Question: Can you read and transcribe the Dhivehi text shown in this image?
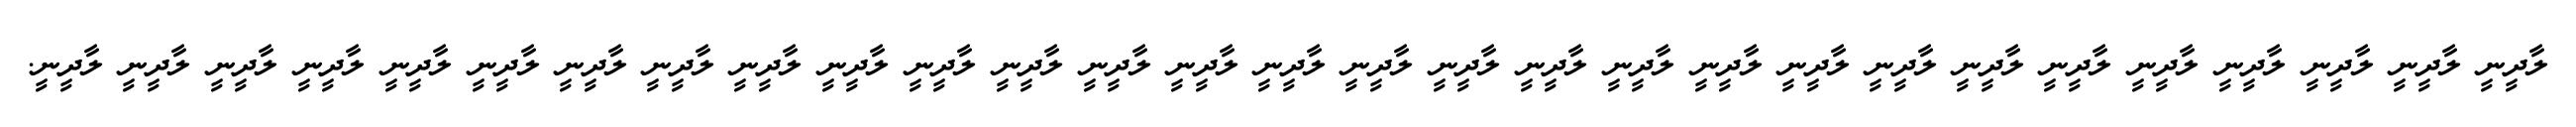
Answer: ލާދީނީ ލާދީނީ ލާދީނީ ލާދީނީ ލާދީނީ ލާދީނީ ލާދީނީ ލާދީނީ ލާދީނީ ލާދީނީ ލާދީނީ ލާދީނީ ލާދީނީ ލާދީނީ ލާދީނީ ލާދީނީ ލާދީނީ ލާދީނީ ލާދީނީ ލާދީނީ ލާދީނީ ލާދީނީ ލާދީނީ ލާދީނީ ލާދީނީ ލާދީނީ ލާދީނީ ލާދީނީ ލާދީނީ.